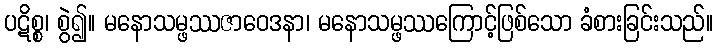
ပဋိစ္စ၊ စွဲ၍။ မနောသမ္ဖဿဇာဝေဒနာ၊ မနောသမ္ဖဿကြောင့်ဖြစ်သော ခံစားခြင်းသည်။